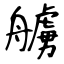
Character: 艣